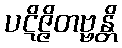
ပဋိဇ္ဇိတဗ္ဗန္တိ